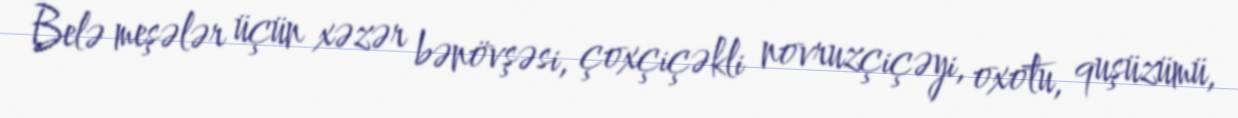
Belə meşələr üçün xəzər bənövşəsi, çoxçiçəkli novruzçiçəyi, oxotu, quşüzümü,